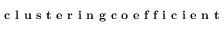
\textbf { c l u s t e r i n g c o e f f i c i e n t }